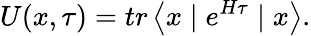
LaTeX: U(x,\tau)=tr\left\langle x\mid e^{H\tau}\mid x\right\rangle.